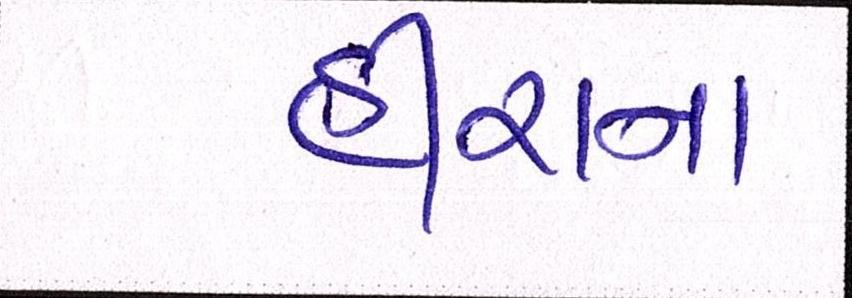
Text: હીરાના